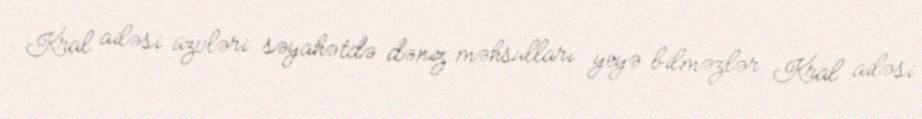
Kral ailəsi üzvləri səyahətdə dəniz məhsulları yeyə bilməzlər Kral ailəsi